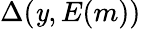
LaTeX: \Delta(\mathit{y},E(m))